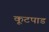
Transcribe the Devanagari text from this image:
कूटपाड